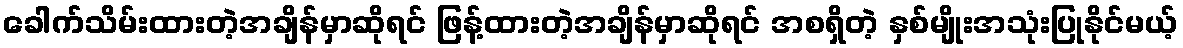
ခေါက်သိမ်းထားတဲ့အချိန်မှာဆိုရင် ဖြန့်ထားတဲ့အချိန်မှာဆိုရင် အစရှိတဲ့ နှစ်မျိုးအသုံးပြုနိုင်မယ့်